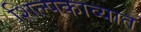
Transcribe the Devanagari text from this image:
शिल्पकाव्यात